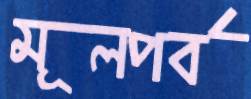
মূলপর্ব